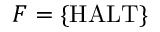
F = \{ { \mathrm { H A L T } } \}